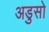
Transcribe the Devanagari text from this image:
अडुसो